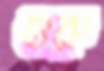
গুরু